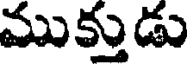
ముక్తుడు